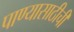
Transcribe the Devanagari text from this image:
पाण्यासाठीची